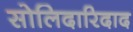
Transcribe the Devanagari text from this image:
सोलिदारिदाद